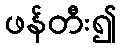
ဖန်တီး၍